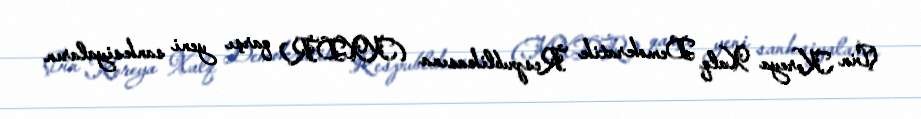
Çin Koreya Xalq Demokratik Respublikasına (KXDR) qarşı yeni sanksiyaların